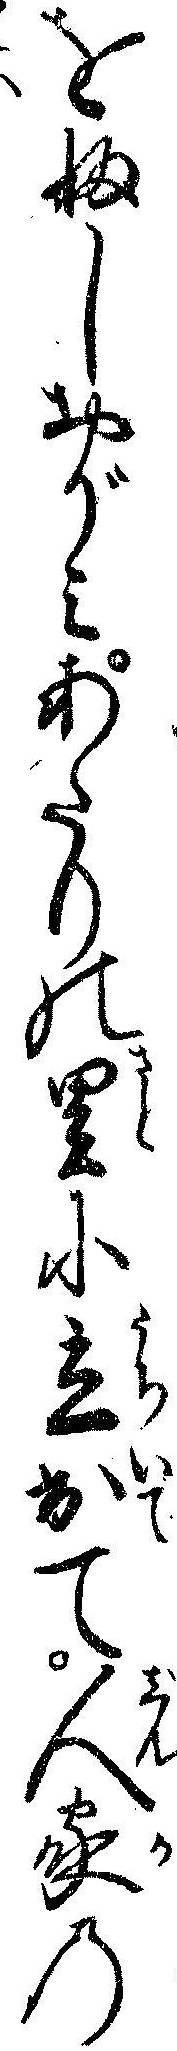
をふしおがミあたりの里に立出て人家の